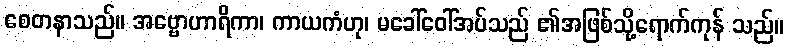
စေတနာသည်။ အဗ္ဗောဟာရိကာ၊ ကာယကံဟု၊ မခေါ်ဝေါ်အပ်သည် ၏အဖြစ်သို့ရောက်ကုန် သည်။